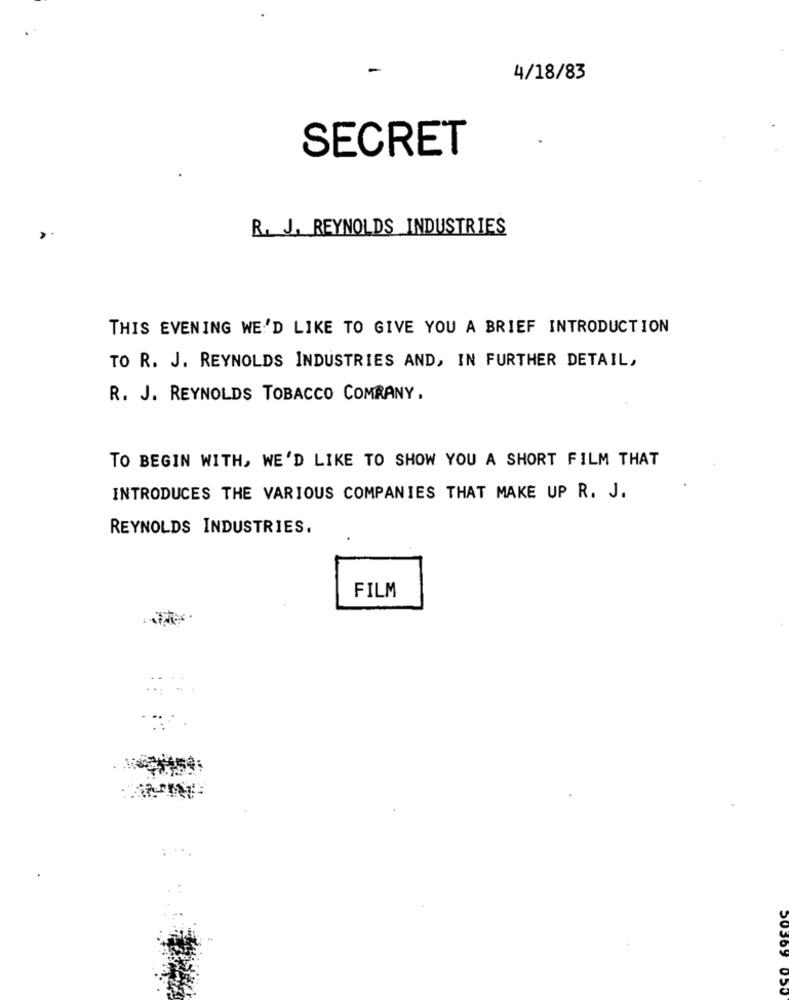
4/18/83
SECRET
R. J. REYNOLDS INDUSTRIES
THIS EVENING WE'D LIKE TO GIVE YOU A BRIEF INTRODUCTION
TO R. J. REYNOLDS INDUSTRIES AND, IN FURTHER DETAIL,
R. J. REYNOLDS TOBACCO COMPANY.
TO BEGIN WITH, WE'D LIKE TO SHOW YOU A SHORT FILM THAT
INTRODUCES THE VARIOUS COMPANIES THAT MAKE UP R. J.
REYNOLDS INDUSTRIES.
FILM